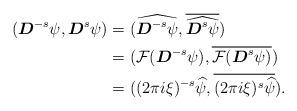
LaTeX: \begin{align*} \begin{aligned} (\boldsymbol{D}^{-s}\psi, \boldsymbol{D}^{s}\psi)&=(\widehat{\boldsymbol{D}^{-s}\psi}, \overline{\widehat{\boldsymbol{D}^{s}\psi}})\\ &=(\mathcal{F}(\boldsymbol{D}^{-s}\psi), \overline{\mathcal{F}(\boldsymbol{D}^{s}\psi)})\\ &=((2\pi i\xi)^{-s}\widehat{\psi}, \overline{(2\pi i \xi)^{s}\widehat{\psi}}). \end{aligned} \end{align*}